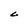
Character: C